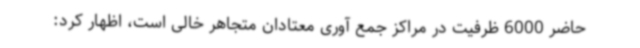
حاضر 6000 ظرفیت در مراکز جمع آوری معتادان متجاهر خالی است، اظهار کرد: